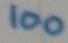
Text: 100